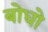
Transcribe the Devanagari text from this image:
बोधो